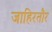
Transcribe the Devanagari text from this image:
जाहिरतौर